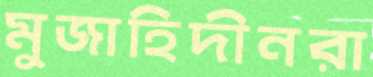
মুজাহিদীনরা